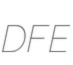
DFE